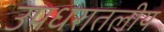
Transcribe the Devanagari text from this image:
उपधरातलीय